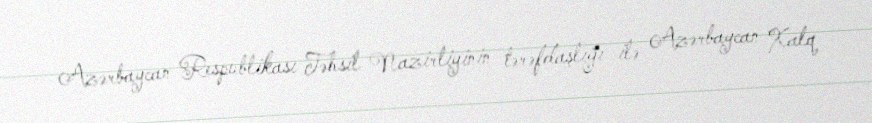
Azərbaycan Respublikası Təhsil Nazirliyinin tərəfdaşlığı ilə Azərbaycan Xalq